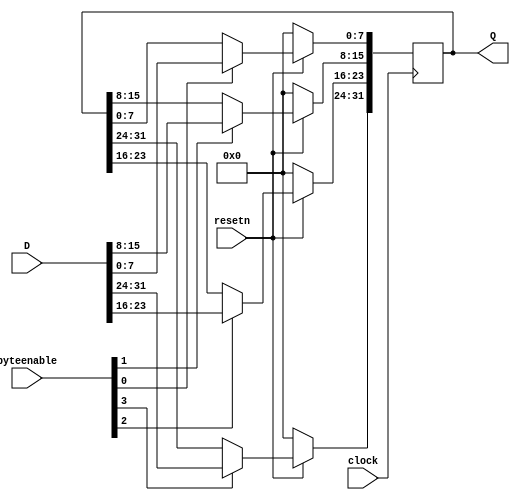
module reg32 (clock, resetn, D, byteenable, Q); 
	input clock, resetn; 
	input [3:0] byteenable; 
	input [31:0] D; 
	output reg [31:0] Q; 
	
	always @(posedge clock) begin
		if (!resetn)  Q <= 32'b0; 
		else begin
			if (byteenable[0]) Q[7:0] <= D[7:0]; 
			if (byteenable[1]) Q[15:8] <= D[15:8]; 
			if (byteenable[2]) Q[23:16] <= D[23:16]; 
			if (byteenable[3]) Q[31:24] <= D[31:24];
		end
	end
endmodule